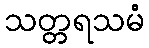
သတ္တရသမံ